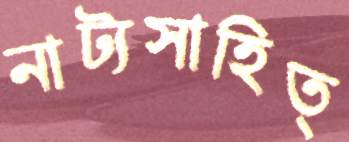
নাট্যসাহিত্